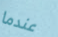
عندما